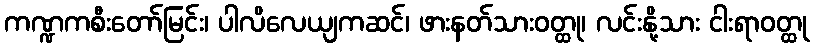
ကဏ္ဍကစီးတော်မြင်း၊ ပါလိလေယျကဆင်၊ ဖားနတ်သားဝတ္ထု၊ လင်းနို့သား ငါးရာဝတ္ထု